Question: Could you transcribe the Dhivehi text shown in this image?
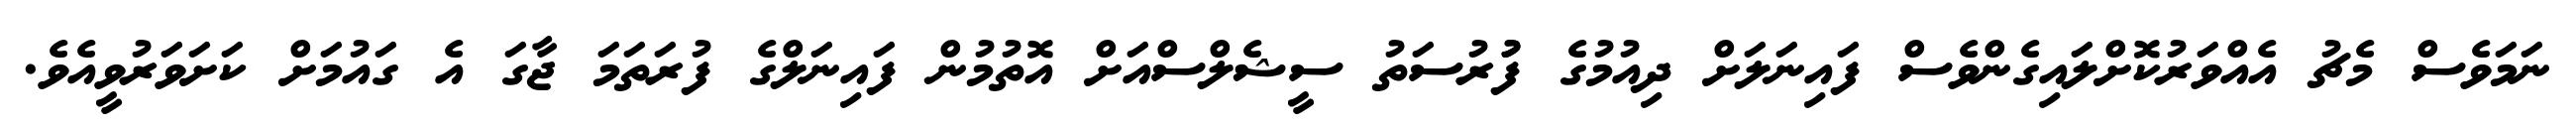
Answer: ނަމަވެސް މެޗު އެއްވަރުކޮށްލައިގެންވެސް ފައިނަލަށް ދިއުމުގެ ފުުރުސަތު ސީޝެލްސްއަށް އޮތުމުން ފައިނަލްގެ ފުރަތަމަ ޖާގަ އެ ގައުމަށް ކަށަވަރުވީއެވެ.